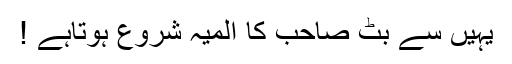
یہیں سے بٹ صاحب کا المیہ شروع ہوتاہے !